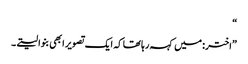
“
”اختر: میں کہہ رہا تھا کہ ایک تصویر ابھی بنوا لیتے۔